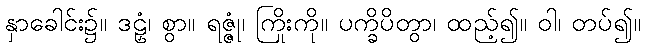
နှာခေါင်း၌။ ဒဠှံ၊ စွာ။ ရဇ္ဇုံ၊ ကြိုးကို။ ပက္ခိပိတွာ၊ ထည့်၍။ ဝါ၊ တပ်၍။